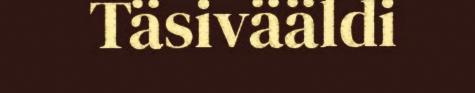
Täsivääldi